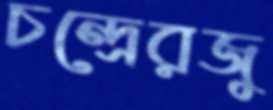
চন্দ্রেরজু